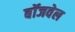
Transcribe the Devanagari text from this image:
बॉजवेल